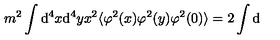
m ^ { 2 } \int \mathrm { d } ^ { 4 } x \mathrm { d } ^ { 4 } y x ^ { 2 } \langle \varphi ^ { 2 } ( x ) \varphi ^ { 2 } ( y ) \varphi ^ { 2 } ( 0 ) \rangle = 2 \int \mathrm { d }